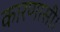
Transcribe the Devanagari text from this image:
कारणासी।